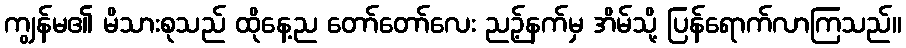
ကျွန်မ၏ မိသားစုသည် ထိုနေ့ည တော်တော်လေး ညဉ့်နက်မှ အိမ်သို့ ပြန်ရောက်လာကြသည်။